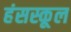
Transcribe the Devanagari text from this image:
हंसस्कूल